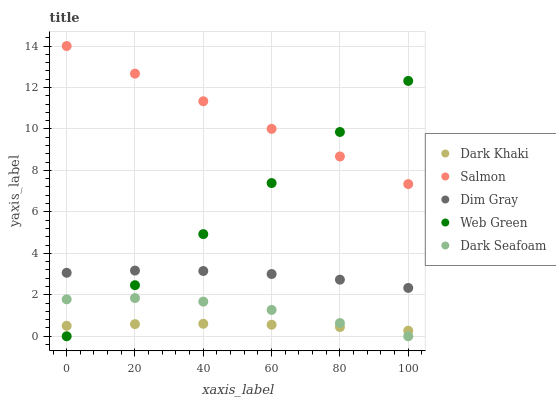
| xaxis_label | Dark Khaki | Salmon | Dim Gray | Web Green | Dark Seafoam |
 | --- | --- | --- | --- | --- | --- |
 | 0 | 0.503 | 14 | 3.06 | 0 | 1.78 |
 | 20 | 0.585 | 12.7 | 3.17 | 2.46 | 1.84 |
 | 40 | 0.603 | 11.3 | 3.15 | 4.93 | 1.67 |
 | 60 | 0.556 | 10 | 3 | 7.39 | 1.27 |
 | 80 | 0.444 | 8.67 | 2.73 | 9.85 | 0.637 |
 | 100 | 0.268 | 7.34 | 2.33 | 12.3 | 0 |